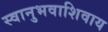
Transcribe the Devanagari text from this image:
स्वानुभवाशिवाय